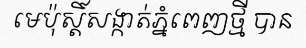
មេប៉ុស្តិ៍សង្កាត់ភ្នំពេញថ្មី បាន